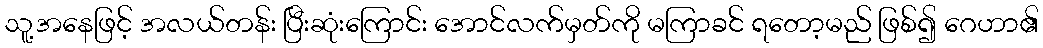
သူ့အနေဖြင့် အလယ်တန်း ပြီးဆုံးကြောင်း အောင်လက်မှတ်ကို မကြာခင် ရတော့မည် ဖြစ်၍ ဂေဟာ၏